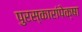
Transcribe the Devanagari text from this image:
पुरस्कारांपेक्षा